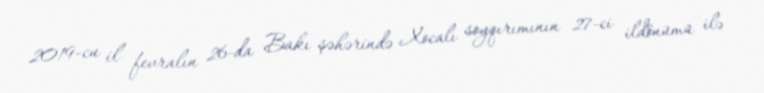
2019-cu il fevralın 26-da Bakı şəhərində Xocalı soyqırımının 27-ci ildönümü ilə